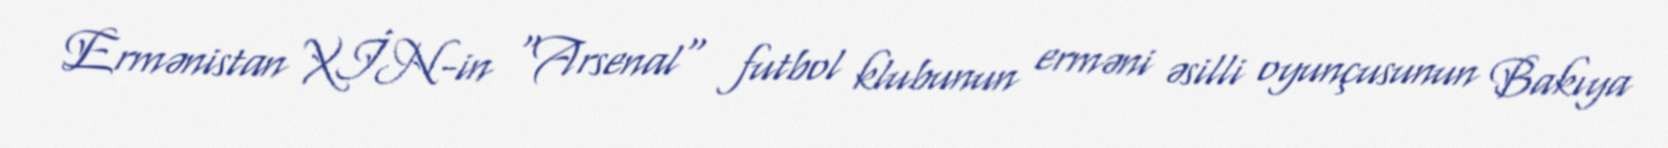
Ermənistan XİN-in "Arsenal" futbol klubunun erməni əsilli oyunçusunun Bakıya